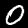
Label: 0